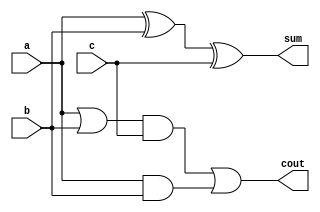
// Full Adder
module FA( a, b, c, cout, sum ) ;
 
input a, b, c ;
output cout, sum ;
wire e0, e1, e2, e3 ;

xor( e0, a, b ) ;
xor( sum, e0, c ) ;

or( e1, a, b ) ;
and( e2, e1, c ) ;
and( e3, a, b ) ;
or ( cout, e2, e3 ) ;

endmodule